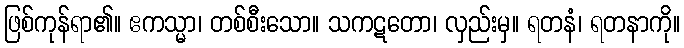
ဖြစ်ကုန်ရာ၏။ ဧကသ္မာ၊ တစ်စီးသော။ သကဋတော၊ လှည်းမှ။ ရတနံ၊ ရတနာကို။